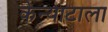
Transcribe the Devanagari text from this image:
केन्याटाला